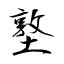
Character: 墪